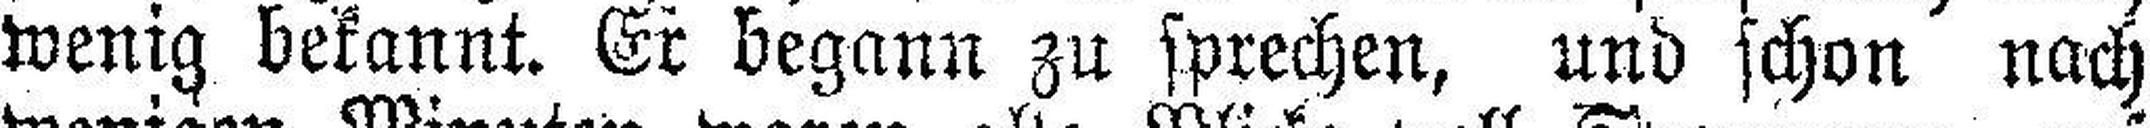
wenig bekannt. Er begann zu sprechen, und schon nach